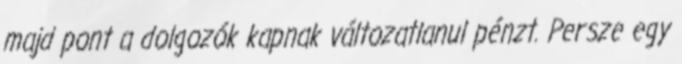
majd pont a dolgozók kapnak változatlanul pénzt. Persze egy